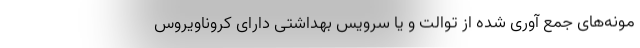
مونه‌های جمع آوری شده از توالت و یا سرویس بهداشتی دارای کروناویروس